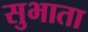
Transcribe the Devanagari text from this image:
सुभाता